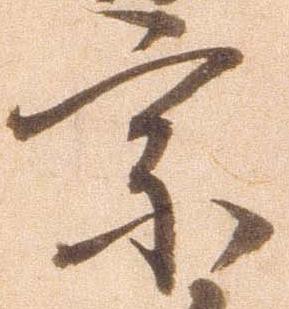
宗